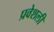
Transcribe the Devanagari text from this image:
प्रवेशली